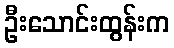
ဦးသောင်းထွန်းက